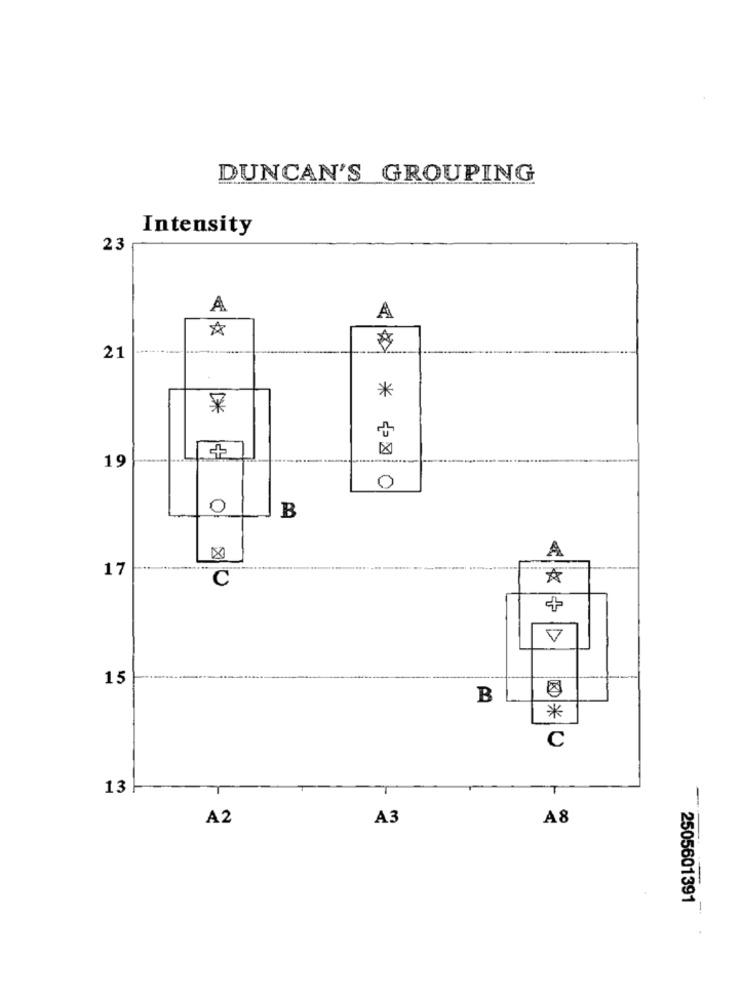
DUNCAN'S GROUPING
Intensity
23
A
21
** * **
19
0
0
B
A
17
C
15
B
D*10
13
-
A2
A3
A8
-
2505601391
-